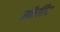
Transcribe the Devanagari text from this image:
स्केरिट